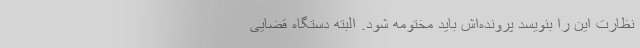
نظارت این را بنویسد پرونده‌اش باید مختومه شود. البته دستگاه قضایی